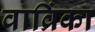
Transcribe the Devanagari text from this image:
वाव्रिंका